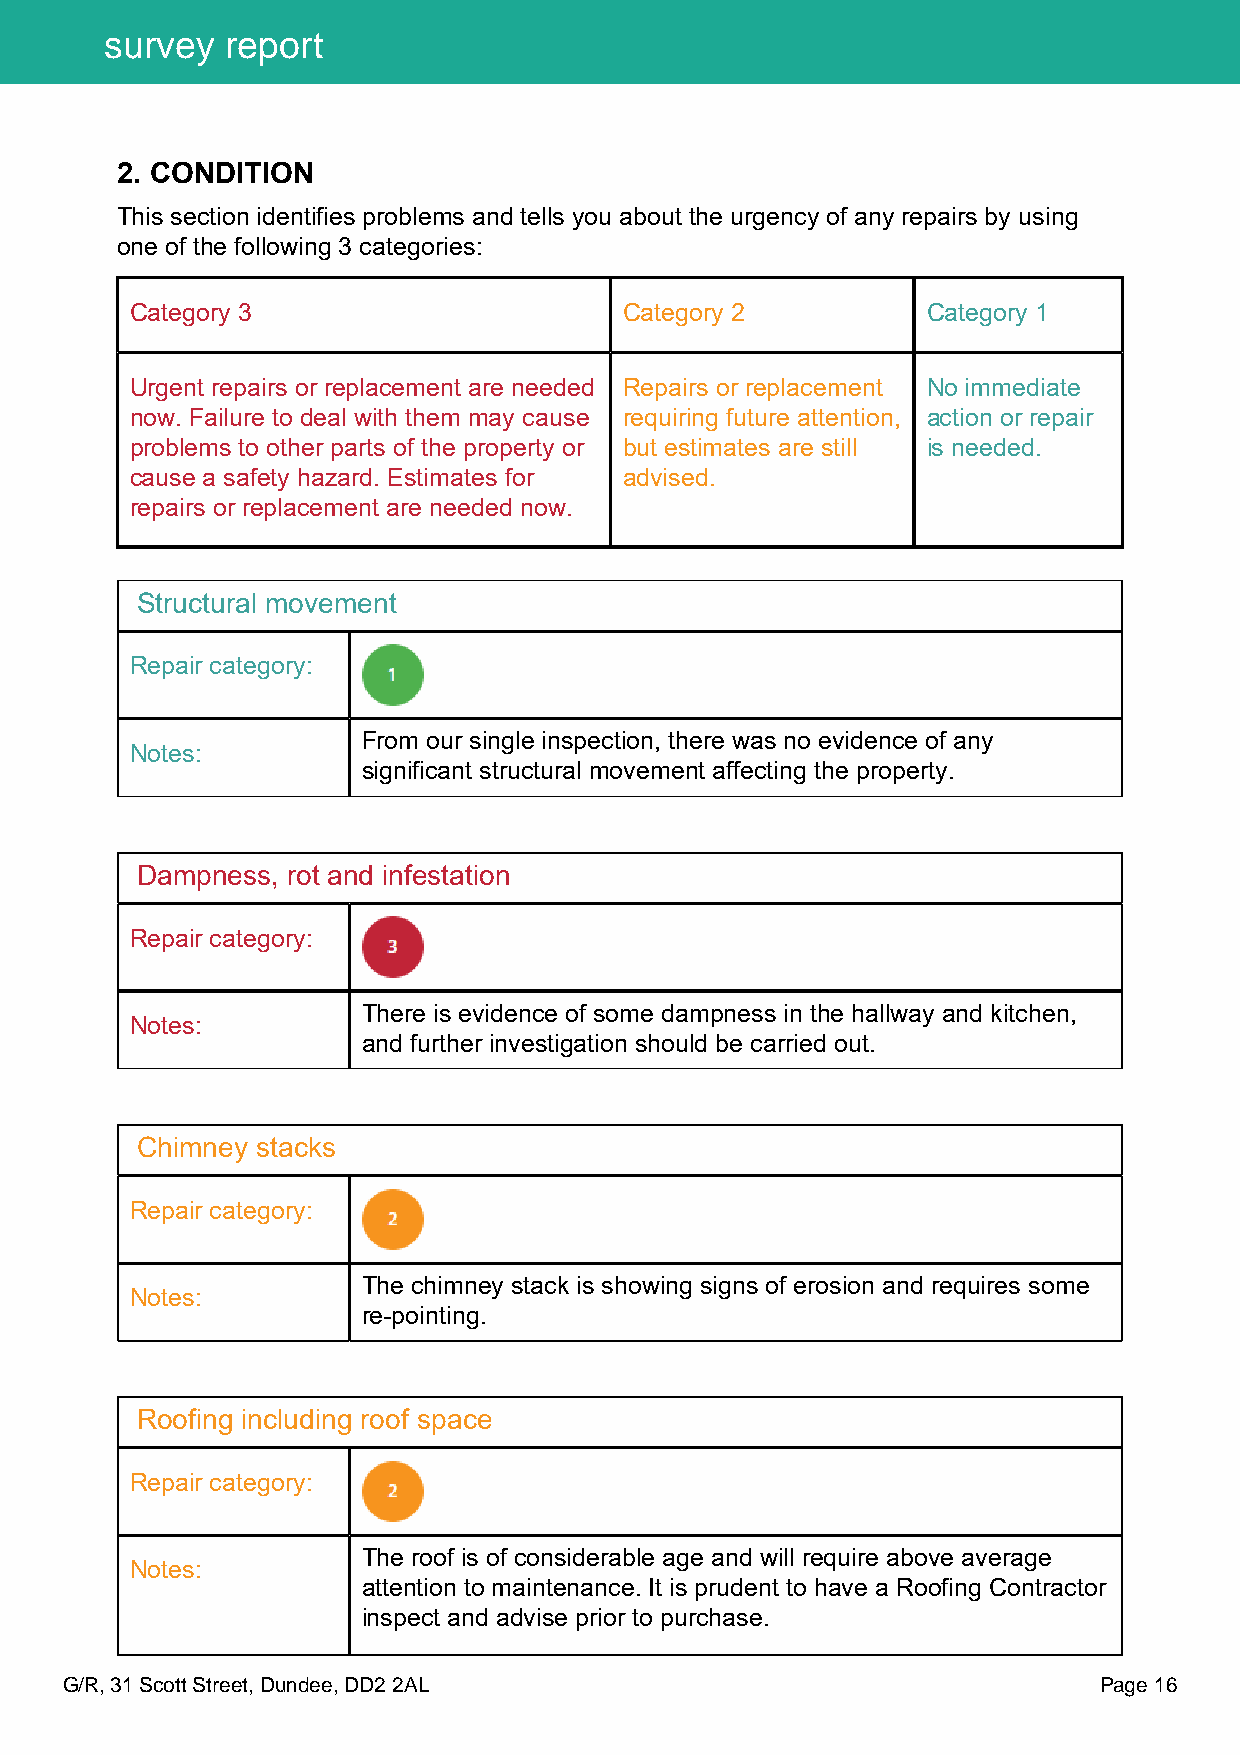
survey  report
 2. CONDITION
 This section identifies problems and tells you about the urgency of any repairs by using
 one of the following 3 categories:
 Category 3                      Category 2          Category 1
 Urgent repairs or replacement are needed Repairs or replacement No immediate
 now. Failure to deal with them may cause requiring future attention, action or repair
 problems to other parts of the property or but estimates are still is needed.
 cause a safety hazard. Estimates for advised.
 repairs or replacement are needed now.
 Structural movement
 Repair category:
 From our single inspection, there was no evidence of any
 Notes:
 significant structural movement affecting the property.
 Dampness, rot and infestation
 Repair category:
 There is evidence of some dampness in the hallway and kitchen,
 Notes:
 and further investigation should be carried out.
 Chimney stacks
 Repair category:
 The chimney stack is showing signs of erosion and requires some
 Notes:
 re-pointing.
 Roofing including roof space
 Repair category:
 The roof is of considerable age and will require above average
 Notes:
 attention to maintenance. It is prudent to have a Roofing Contractor
 inspect and advise prior to purchase.
 G/R, 31 Scott Street, Dundee, DD2 2AL                                Page 16